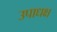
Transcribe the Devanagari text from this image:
उपाधक्ष